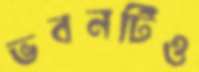
ভবনটিও